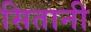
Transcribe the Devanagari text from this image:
सितानी